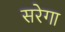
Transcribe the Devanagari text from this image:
सरेगा